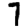
Digit: 7